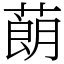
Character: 蓢